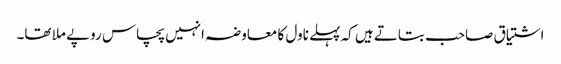
اشتیاق صاحب بتاتے ہیں کہ پہلے ناول کا معاوضہ انہیں پچاس روپے ملا تھا۔